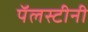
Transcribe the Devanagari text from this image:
पॅलस्टीनी